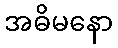
အဓိမနော